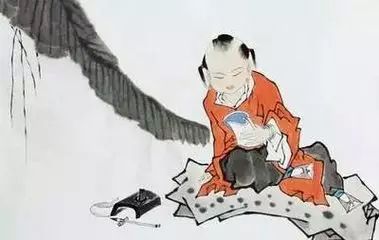
娶妻无媒毋须恨，书中有女颜如玉。